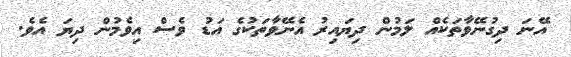
އޭނަ ދިގުނޭވާތަކެއް ލަމުން ދިޔައިރު އެނޭވާތަކުގެ އަޑު ވެސް އިވެމުން ދިޔަ އެވެ.